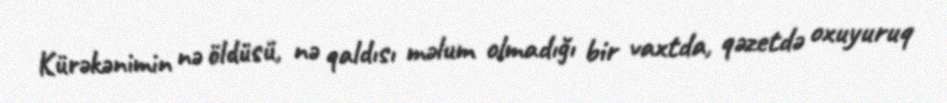
Kürəkənimin nə öldüsü, nə qaldısı məlum olmadığı bir vaxtda, qəzetdə oxuyuruq